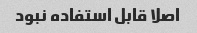
اصلا قابل استفاده نبود